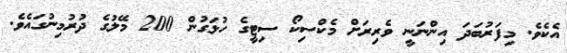
އެކެވެ. މިފަރުބަދަ އިންނަނީ ވެރިރަށް މެކްސިކޯ ސިޓީގެ ހުޅަގުން 200 މޭލުގެ ދުރުމިނުގައެވެ.